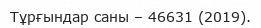
Тұрғындар саны – 46631 (2019).